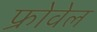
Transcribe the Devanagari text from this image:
फ्रोवेल